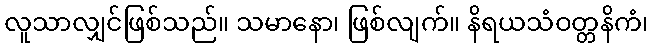
လူသာလျှင်ဖြစ်သည်။ သမာနော၊ ဖြစ်လျက်။ နိရယသံဝတ္တနိကံ၊